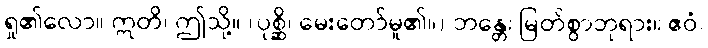
ရှု၏လော။ ဣတိ၊ ဤသို့။ (ပုစ္ဆိ၊ မေးတော်မူ၏။) ဘန္တေ၊ မြတ်စွာဘုရား။ ဧဝံ၊